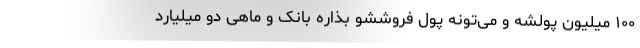
۱۰۰ میلیون پولشه و می‌تونه پول فروششو بذاره بانک و ماهی دو میلیارد